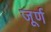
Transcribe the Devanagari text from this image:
जूर्ण